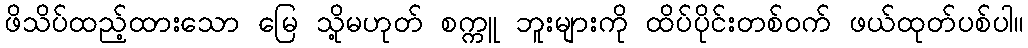
ဖိသိပ်ထည့်ထားသော မြေ သို့မဟုတ် စက္ကူ ဘူးများကို ထိပ်ပိုင်းတစ်ဝက် ဖယ်ထုတ်ပစ်ပါ။